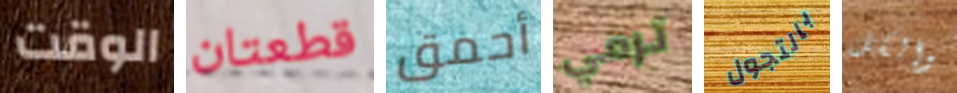
الوقت قطعتان أحمق ترمي بالتجول والكل